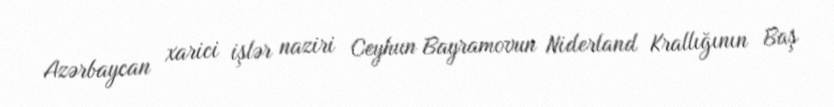
Azərbaycan xarici işlər naziri Ceyhun Bayramovun Niderland Krallığının Baş